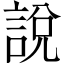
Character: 說